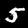
Digit: 5